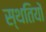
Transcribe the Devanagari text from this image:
स्‍थतियों